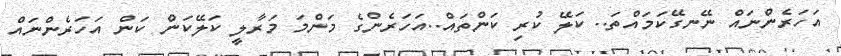
އަހަރެންނައް ނޭނގޭކަމައްތަ.. ކަލޭ ކުރި ކަންތައް..އަހަރެންގެ މަންމަ މަރާލީ ކަލޭކަން ކަން އަހަރެންނައް